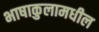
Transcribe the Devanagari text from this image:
भाषाकुलामधील